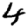
Digit: 4